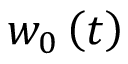
w _ { 0 } \left( t \right)